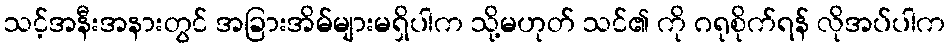
သင့်အနီးအနားတွင် အခြားအိမ်များမရှိပါက သို့မဟုတ် သင်၏ ကို ဂရုစိုက်ရန် လိုအပ်ပါက